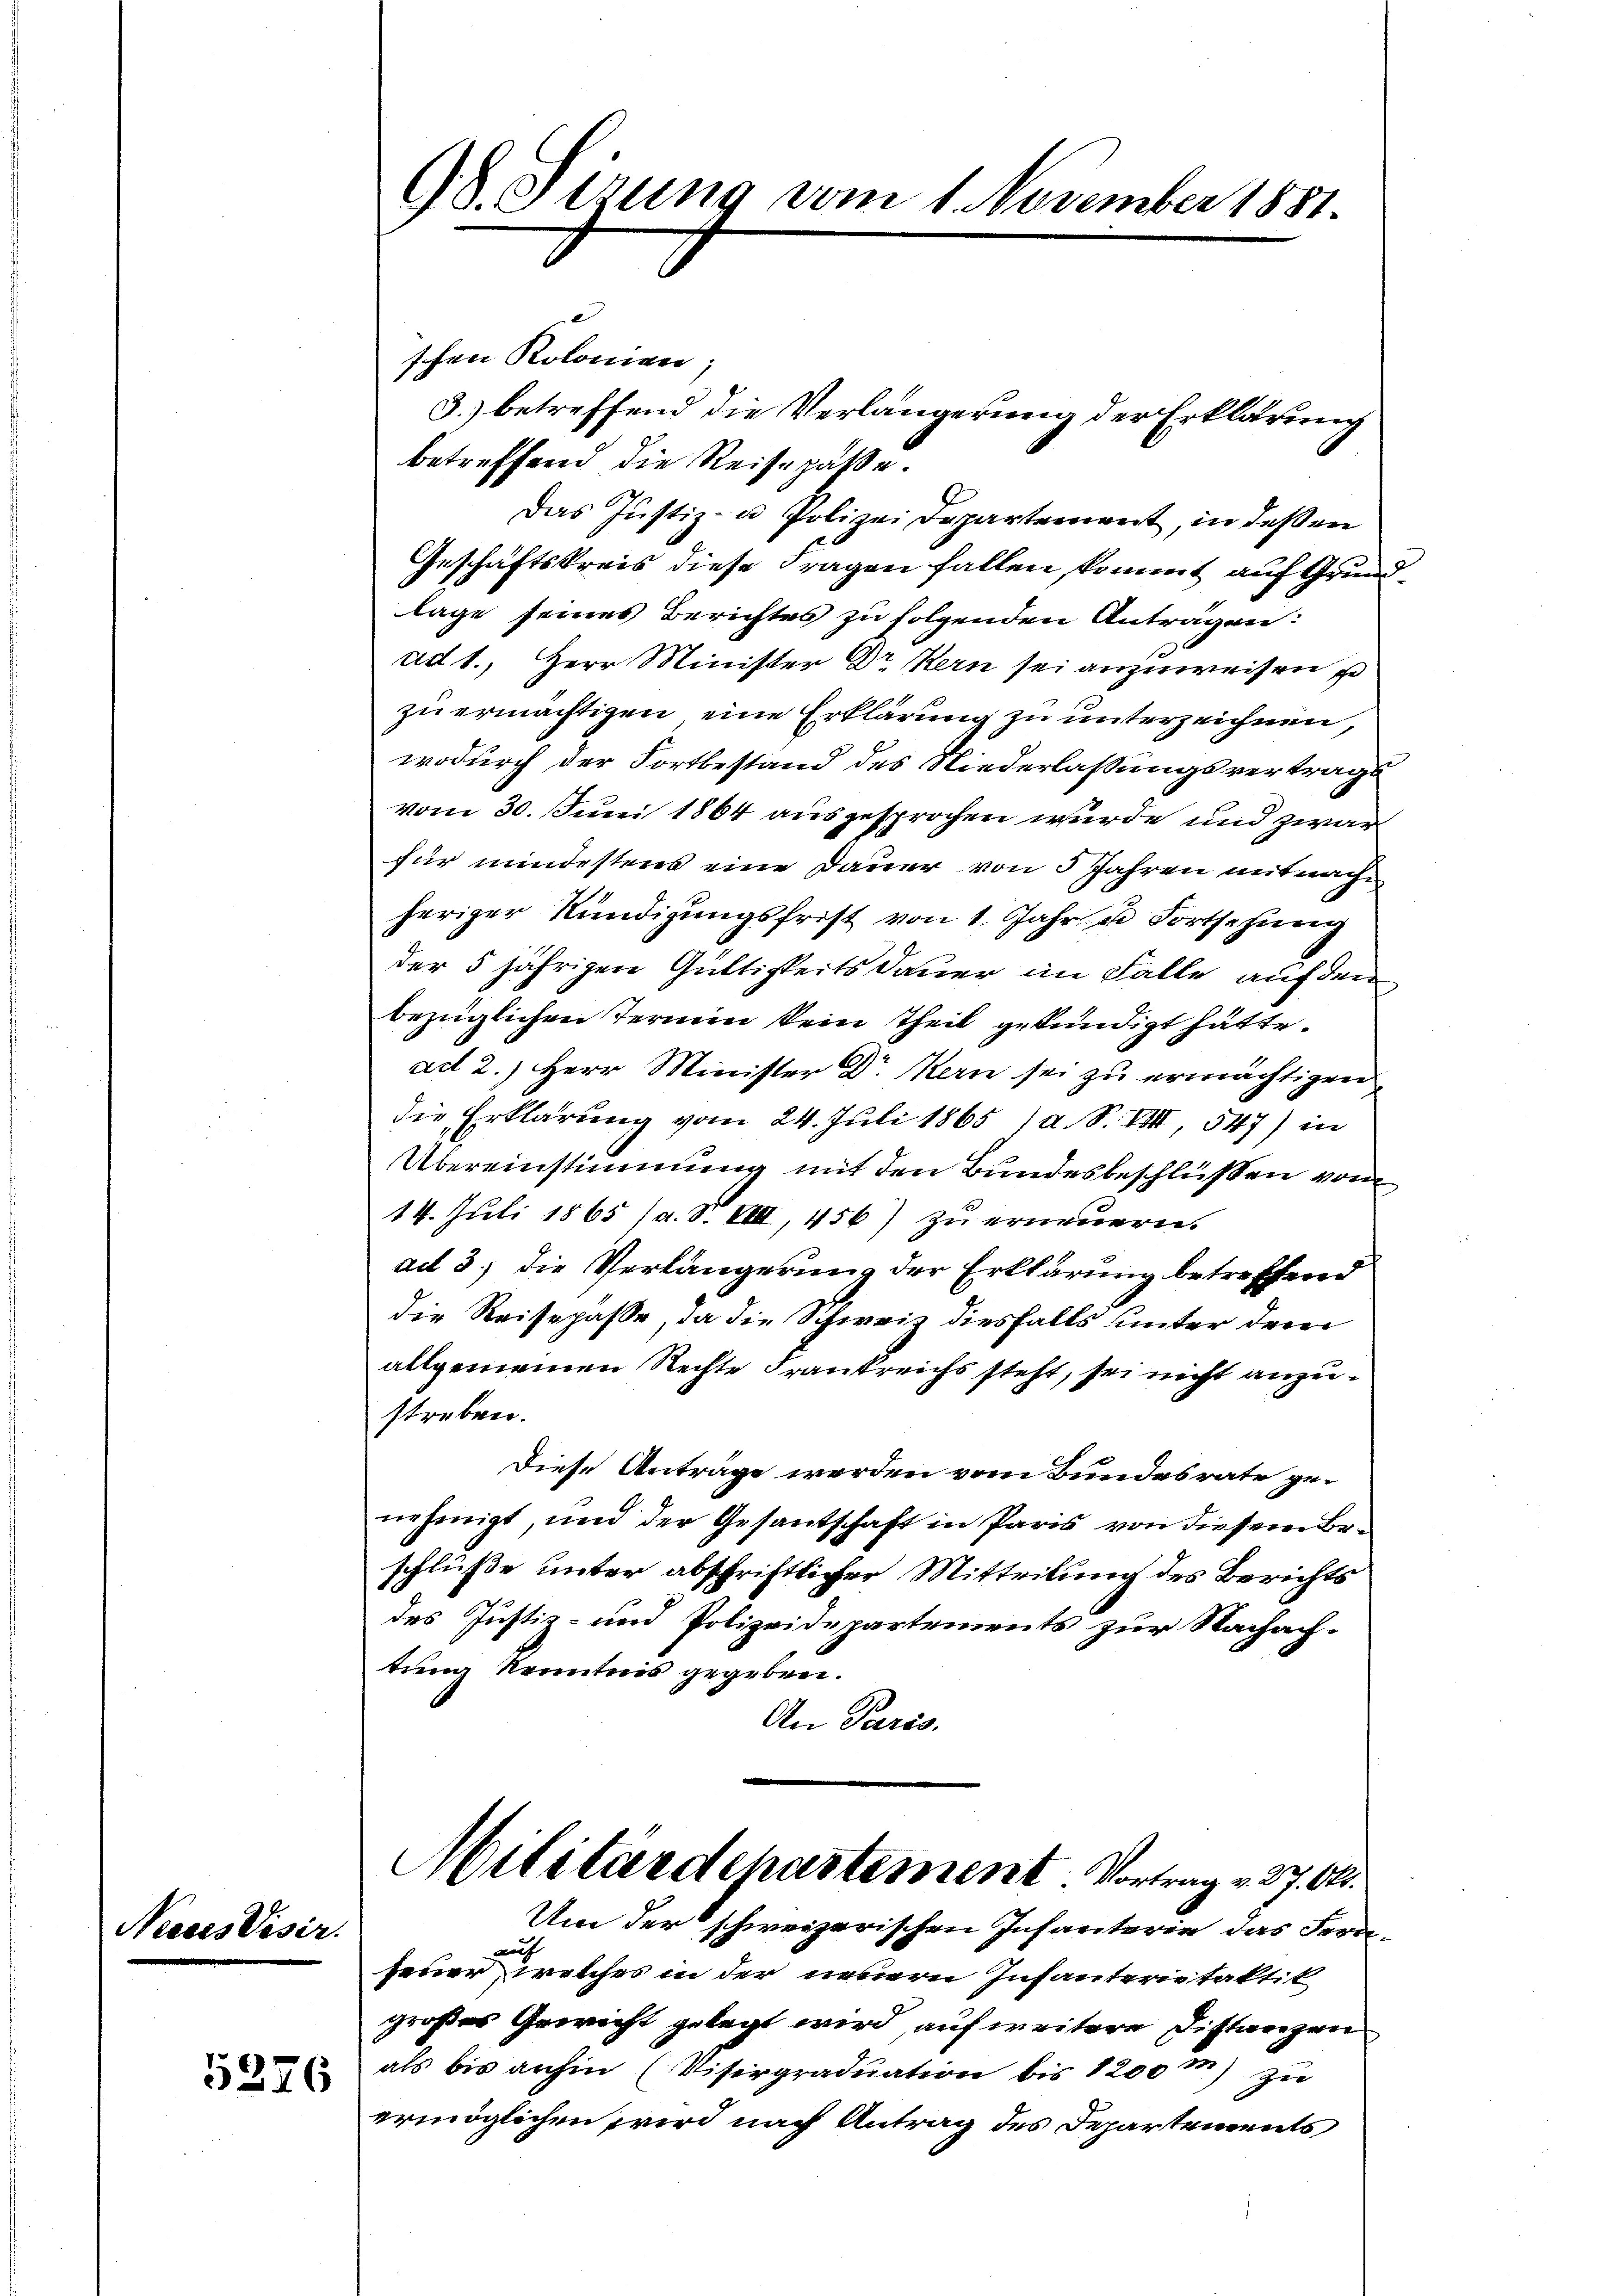
Neiers Visir.

5376

98. Sitzung vom 1. November 1881.

schen Kolonian;
3.) betreffend die Verlängerung der Erklärung
betreffend die Reisepässe.
Das Justiz- u Polizei Departement, in deßen
Geschäftskreis diese Fragen fallen kommt auf Grundlage seines Berichtes zu folgenden Anträgen:
ad 1., Herr Minister Dr Kern sei anzuweisen se
zu ermächtigen, eine Erklärung zu unterzeichnen,
wodurch der Fortbestand des Niederlassungsvertrags
vom 30. Juni 1864 ausgesprochen wurde und zwar
für mindestens eine Dauer von 5 Jahren mit nach
heriger Kündigungsfrist von 1. Jahr u Fortsehung
der 5 jährigen Güttigkeits dauer im Falle auf den
bezüglichen Termin kein Theil gekündigt hätte.
ad 2.) Herr Minister Dr. Kern sei zu ermächtigen
die Erklärung vom 24. Juli 1865 a. S. VIII, 547) in
Übereinstimmung mit den Bundesbeschlüßen vom
14. Juli 1865 (a. S. VIII, 456) zu erneuern.
ad 3) die Verlängerung der Erklärung betreffend
die Reisepasse, da die Schweiz diesfalls unter dem
allgemeinen Rechte Frankreichs steht, sei nicht anzustreben.
Diese Anträge werden vom Bundesrate genehmigt, und der Gesantschaft in Paris von dieser Beschluße unter abschriftlicher Mitteilung des Berichts
des Justiz- und Polizeidepartements zur Nachach-
tung kenntnis gegeben.
An Paris.

Militärdepartement Vortrag v. 27. 62.

Um der schweizerischen Infanterie das Fern
auf
feuer, welches in der neuern Infanterietaktik
großes Gewicht gelegt wird, auf weitere Distanzen
als bis anhin (Visirgraduation bis 1200 m) zu
ermöglichen wird nach Antrag des Departements